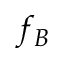
f _ { B }